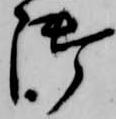
御